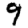
Digit: 9